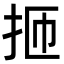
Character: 㧜